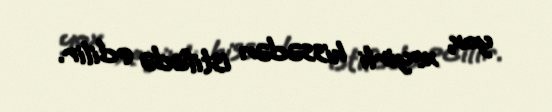
yox, xeyirli hissədən istifadə edilir.